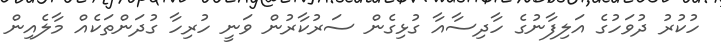
ހުކުރު ދުވަހުގެ އަލިފާނުގެ ހާދިސާއާ ގުޅިގެން ސަރުކާރުން ވަނީ ހުރިހާ ގުދަންތަކެއް މާލެއިން